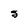
Character: g